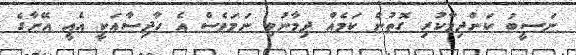
ނަސީބު ކަންދިމާކުރި ގޮތުން ކަމެއް ދިމާނުވި ނަމަވެސް އެ ހާދިސާއަކީ އެއީ އޭނާގެ